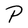
Character: P